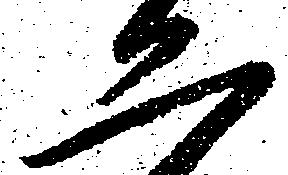
二